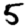
Digit: 5